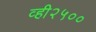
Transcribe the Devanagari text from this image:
व्ही२५००